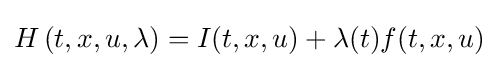
H\left(t,x,u,\lambda \right)=I(t,x,u)+\lambda (t)f(t,x,u)